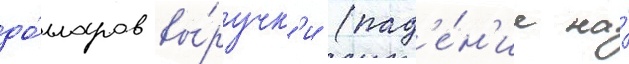
до́лларов вы́ручк'и (пад'е́н'ие на́